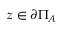
z \in \partial \Pi _ { A }